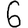
Digit: 6